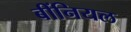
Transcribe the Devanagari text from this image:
बींनियल